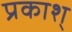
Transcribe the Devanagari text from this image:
प्रकाश्